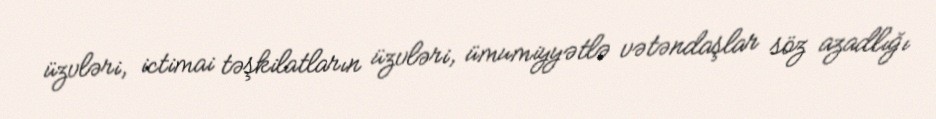
üzvləri, ictimai təşkilatların üzvləri, ümumiyyətlə vətəndaşlar söz azadlığı